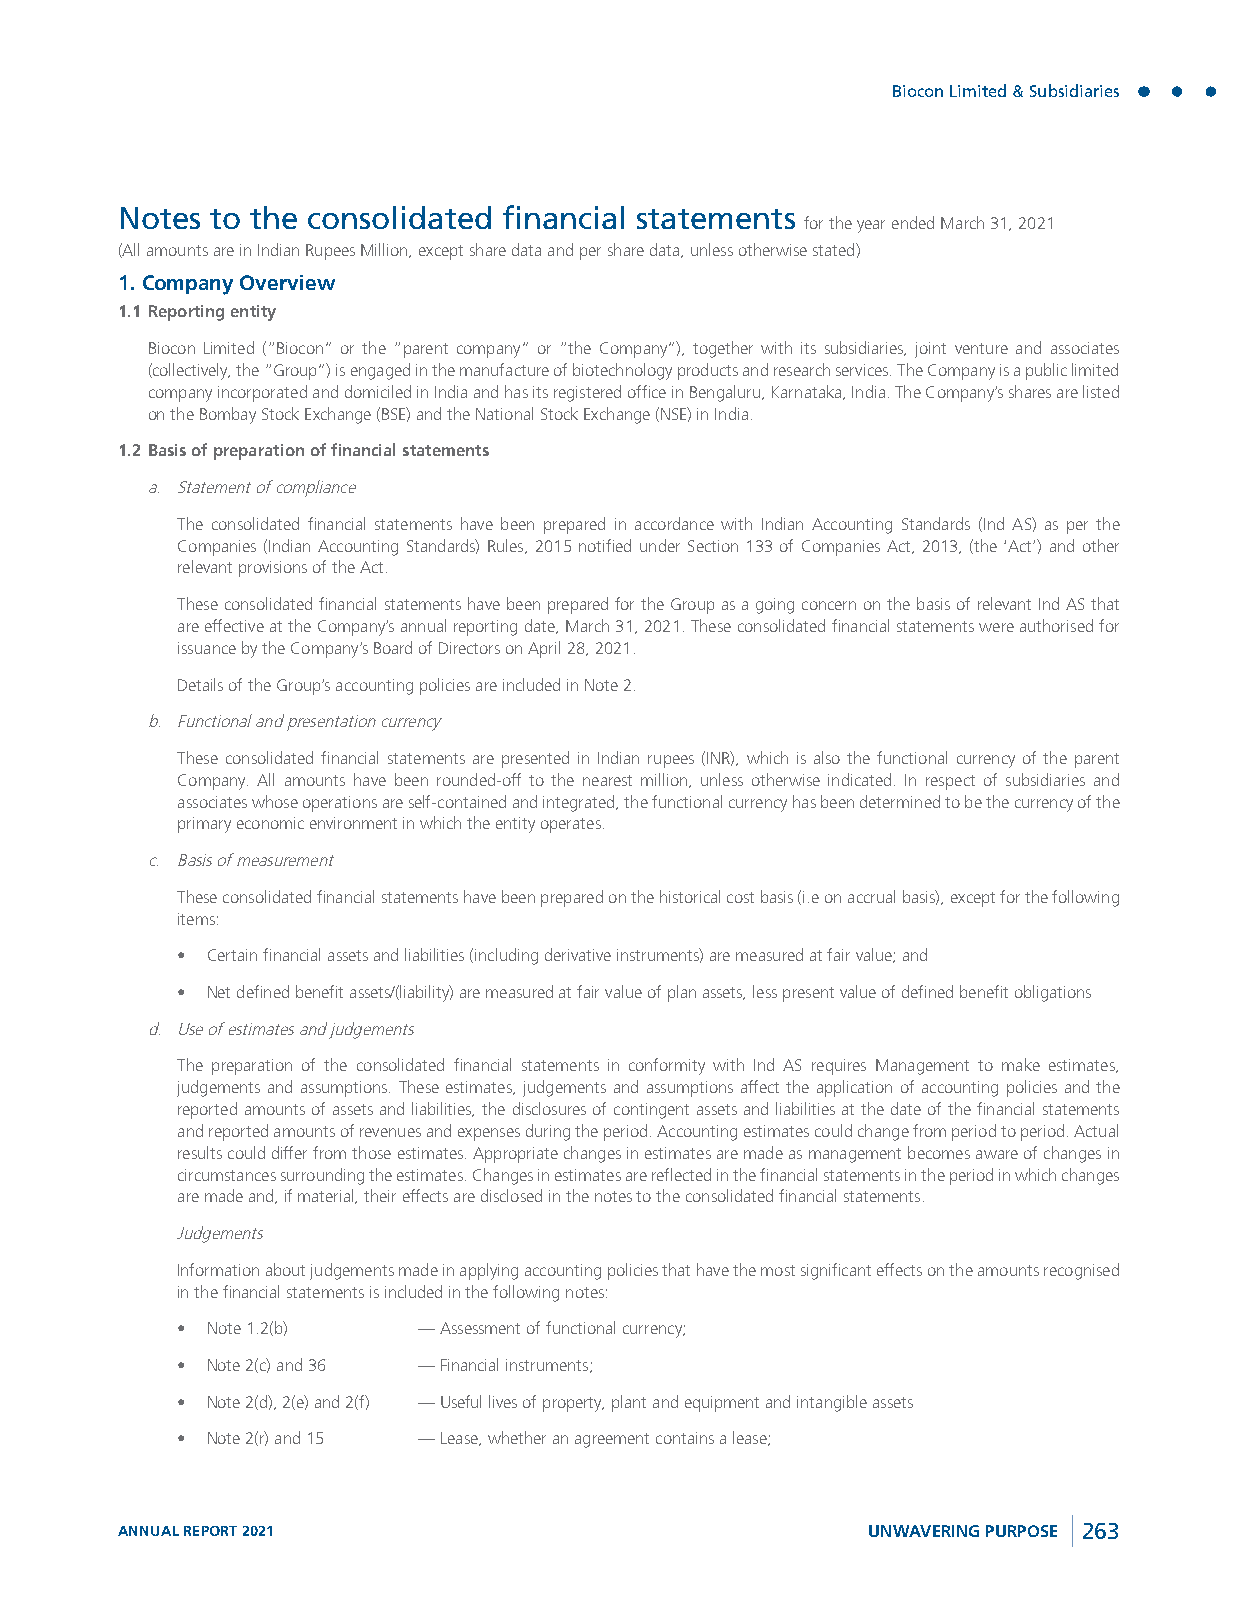
Biocon Limited & Subsidiaries
 Notes to the consolidated financial statements
 for the year ended March 31, 2021
 (All amounts are in Indian Rupees Million, except share data and per share data, unless otherwise stated)
 1. Company Overview
 1.1 Reporting entity
 Biocon Limited (“Biocon” or the “parent company” or “the Company”), together with its subsidiaries, joint venture and associates
 (collectively, the “Group”) is engaged in the manufacture of biotechnology products and research services. The Company is a public limited
 company incorporated and domiciled in India and has its registered office in Bengaluru, Karnataka, India. The Company’s shares are listed
 on the Bombay Stock Exchange (BSE) and the National Stock Exchange (NSE) in India.
 1.2 Basis of preparation of financial statements
 a. Statement of compliance
 The consolidated financial statements have been prepared in accordance with Indian Accounting Standards (Ind AS) as per the
 Companies (Indian Accounting Standards) Rules, 2015 notified under Section 133 of Companies Act, 2013, (the ‘Act’) and other
 relevant provisions of the Act.
 These consolidated financial statements have been prepared for the Group as a going concern on the basis of relevant Ind AS that
 are effective at the Company’s annual reporting date, March 31, 2021. These consolidated financial statements were authorised for
 issuance by the Company’s Board of Directors on April 28, 2021.
 Details of the Group’s accounting policies are included in Note 2.
 b. Functional and presentation currency
 These consolidated financial statements are presented in Indian rupees (INR), which is also the functional currency of the parent
 Company. All amounts have been rounded-off to the nearest million, unless otherwise indicated. In respect of subsidiaries and
 associates whose operations are self-contained and integrated, the functional currency has been determined to be the currency of the
 primary economic environment in which the entity operates.
 c. Basis of measurement
 These consolidated financial statements have been prepared on the historical cost basis (i.e on accrual basis), except for the following
 items:
 • Certain financial assets and liabilities (including derivative instruments) are measured at fair value; and
 • Net defined benefit assets/(liability) are measured at fair value of plan assets, less present value of defined benefit obligations
 d. Use of estimates and judgements
 The preparation of the consolidated financial statements in conformity with Ind AS requires Management to make estimates,
 judgements and assumptions. These estimates, judgements and assumptions affect the application of accounting policies and the
 reported amounts of assets and liabilities, the disclosures of contingent assets and liabilities at the date of the financial statements
 and reported amounts of revenues and expenses during the period. Accounting estimates could change from period to period. Actual
 results could differ from those estimates. Appropriate changes in estimates are made as management becomes aware of changes in
 circumstances surrounding the estimates. Changes in estimates are reflected in the financial statements in the period in which changes
 are made and, if material, their effects are disclosed in the notes to the consolidated financial statements.
 Judgements
 Information about judgements made in applying accounting policies that have the most significant effects on the amounts recognised
 in the financial statements is included in the following notes:
 • Note 1.2(b)   — Assessment of functional currency;
 • Note 2(c) and 36 — Financial instruments;
 • Note 2(d), 2(e) and 2(f) — Useful lives of property, plant and equipment and intangible assets
 • Note 2(r) and 15 — Lease, whether an agreement contains a lease;
 ANNUAL REPORT 2021                               UNWAVERING PURPOSE 263